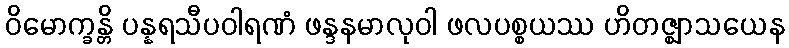
ဝိမောက္ခန္တိ ပန္နရသီပဝါရဏံ ဖန္ဒနမာလုဝါ ဖလပစ္စယဿ ဟိတဇ္ဈာသယေန